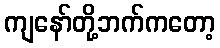
ကျနော်တို့ဘက်ကတော့